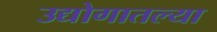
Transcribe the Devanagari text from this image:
उद्योगातल्या